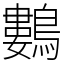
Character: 鷜